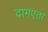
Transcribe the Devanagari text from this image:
दामएता